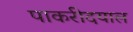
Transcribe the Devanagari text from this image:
पाकरीदयाल